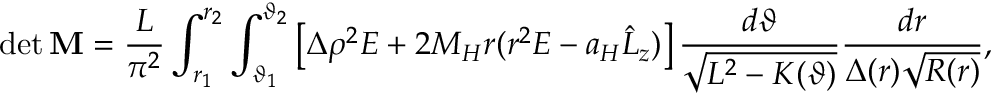
\operatorname* { d e t } { \bf M } = \frac { L } { \pi ^ { 2 } } \int _ { r _ { 1 } } ^ { r _ { 2 } } \int _ { \vartheta _ { 1 } } ^ { \vartheta _ { 2 } } \left[ \Delta \rho ^ { 2 } E + 2 M _ { H } r ( r ^ { 2 } E - a _ { H } \hat { L } _ { z } ) \right] \frac { d \vartheta } { \sqrt { L ^ { 2 } - K ( \vartheta ) } } \frac { d r } { \Delta ( r ) \sqrt { R ( r ) } } ,